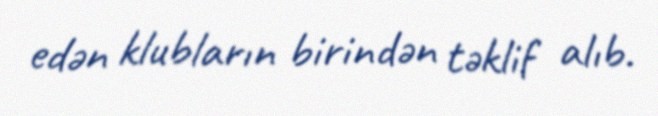
edən klubların birindən təklif alıb.